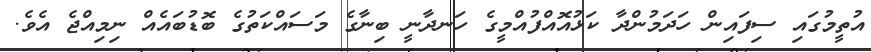
އުތީމުގައި ސިފައިން ހަދަމުންދާ ކަޅުއޮއްފުއްމީގެ ހަނދާނީ ބިނާގެ މަސައްކަތުގެ ބޮޑުބައެއް ނިމިއްޖެ އެވެ.